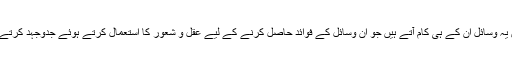
لیکن یہ وسائل اُن کے ہی کام آتے ہیں جو اِن وسائل کے فوائد حاصل کرنے کے لیے عقل و شعور کا استعمال کرتے ہوئے جدوجہد کرتے ہیں۔